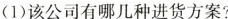
(1)该公司有哪几种进货方案?